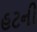
હટની